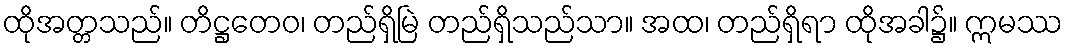
ထိုအတ္တသည်။ တိဋ္ဌတေဝ၊ တည်ရှိမြဲ တည်ရှိသည်သာ။ အထ၊ တည်ရှိရာ ထိုအခါ၌။ ဣမဿ